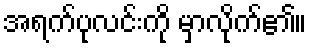
အရက်ပုလင်းကို မှာလိုက်၏။